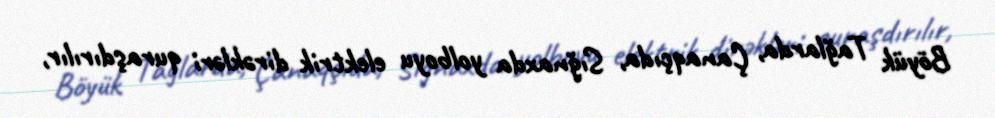
Böyük Tağlarda, Çanaqçıda, Sığnaxda yolboyu elektrik dirəkləri quraşdırılır,